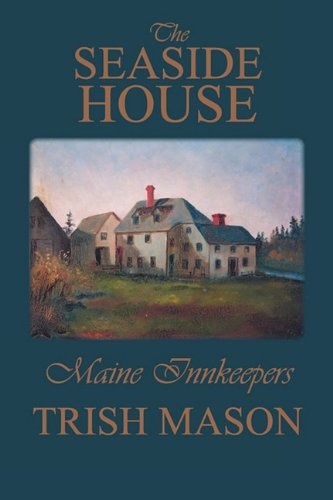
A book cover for The Seaside House: Maine Innkeepers; Trish Mason; Biographies & Memoirs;